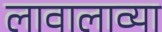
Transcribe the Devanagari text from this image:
लावालाव्या